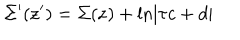
\Sigma ^ { \prime } ( { \bf z ^ { \prime } } ) = \Sigma ( { \bf z } ) + \ln \left| \tau c + d \right|